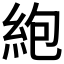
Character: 𫃠